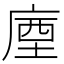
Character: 𢉬